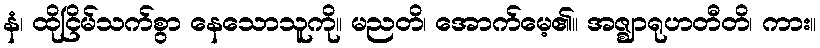
နံ၊ ထိုငြိမ်သက်စွာ နေသောသူကို။ မညတိ၊ အောက်မေ့၏။ အဇ္ဈာရုဟတီတိ၊ ကား။